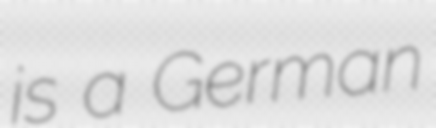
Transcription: is a German